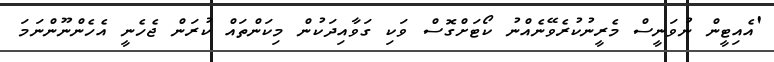
'އެއިޓީން ނުވަނީސް މެރީނުކުރެވޭނެއްނު ކޯޓަށްގޮސް ވަކި ގަވާއިދަކުން މިކަންތައް ކުރަން ޖެހެނީ އެހެންނޫންނަމަ